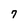
Character: 7